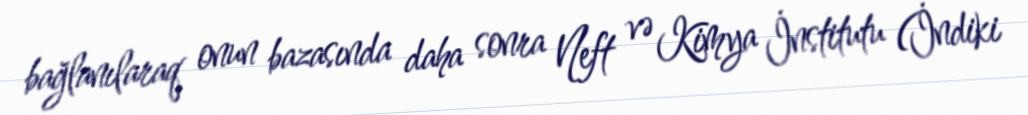
bağlanılaraq onun bazasında daha sonra Neft və Kimya İnstitutu (İndiki